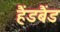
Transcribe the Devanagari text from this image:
हैंडबैंड